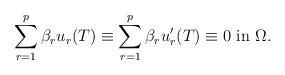
LaTeX: \begin{align*} \sum_{r=1}^p\beta_ru_r(T)\equiv \sum_{r=1}^p\beta_ru_r'(T)\equiv0\hbox{ in } \Omega.\end{align*}